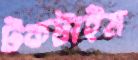
টকটাইম